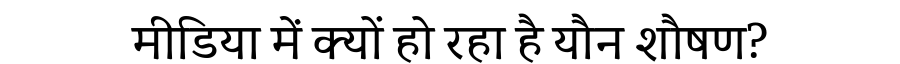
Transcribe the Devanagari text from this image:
मीडिया में क्यों हो रहा है यौन शौषण?